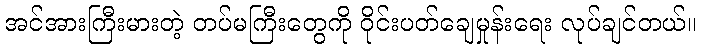
အင်အားကြီးမားတဲ့ တပ်မကြီးတွေကို ဝိုင်းပတ်ချေမှုန်းရေး လုပ်ချင်တယ်။